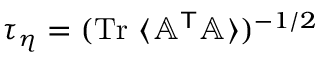
\tau _ { \eta } = ( \mathrm { T r } \, \, \langle \ensuremath { \mathbb { A } } ^ { \sf T } \ensuremath { \mathbb { A } } \rangle ) ^ { - 1 / 2 }